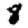
Digit: 8